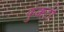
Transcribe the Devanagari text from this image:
कुक्कटी